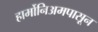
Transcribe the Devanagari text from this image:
हार्मोनिअमपासून